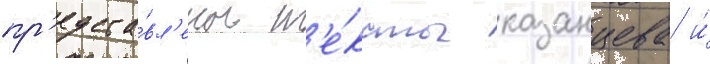
пр'едста́вл'ены т'е́ксты казанцева и́